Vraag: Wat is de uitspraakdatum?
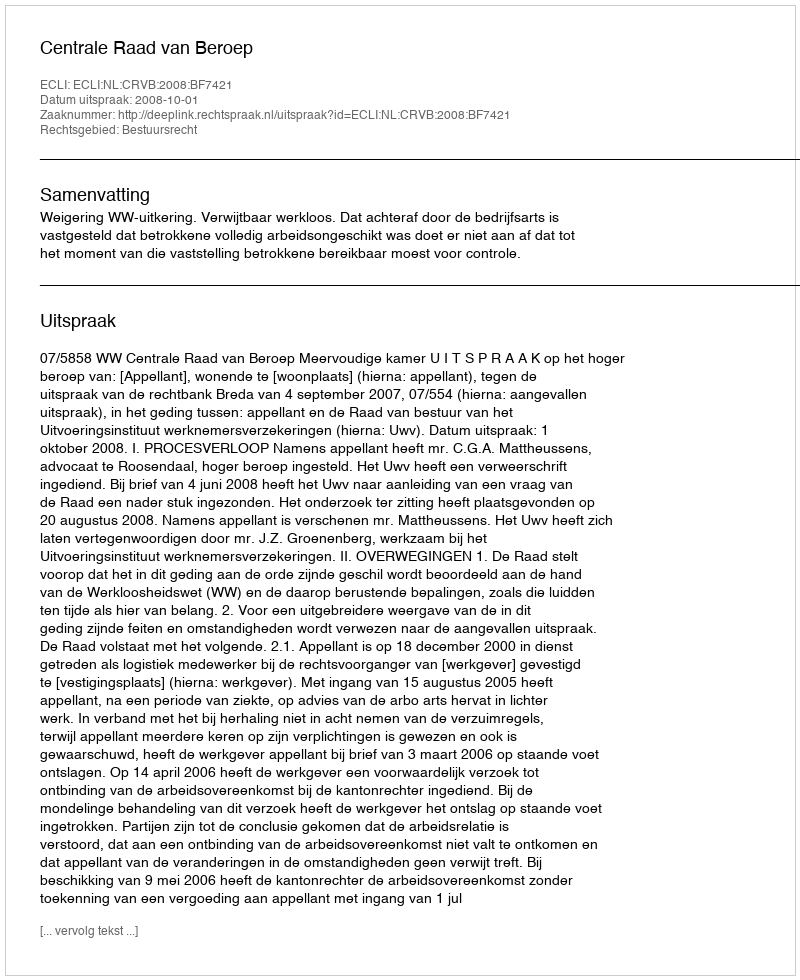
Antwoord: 2008-10-01